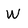
Character: W